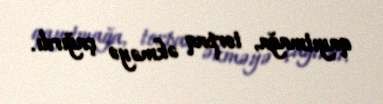
qayıtmağa, torpaq əkməyə çağırdı.